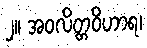
၂။ အဝလိတ္တဝိဟာရ၊